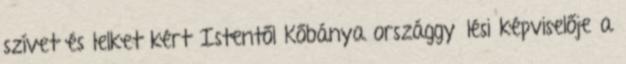
szívet és lelket kért Istentől Kőbánya országgyűlési képviselője a